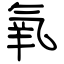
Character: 氧